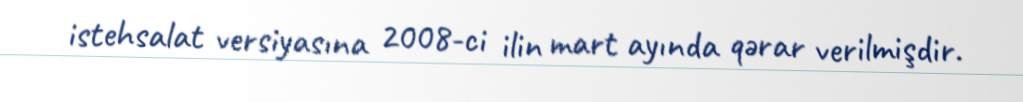
istehsalat versiyasına 2008-ci ilin mart ayında qərar verilmişdir.